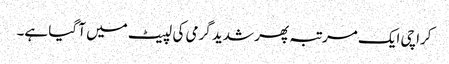
کراچی ایک مرتبہ پھر شدید گرمی کی لپیٹ میں آ گیا ہے۔